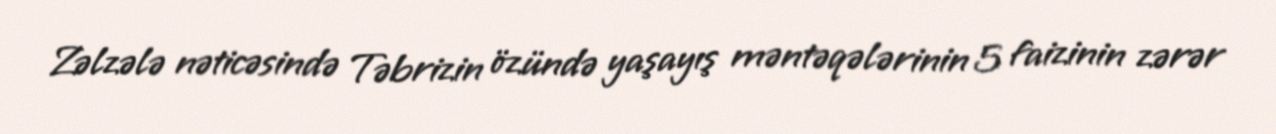
Zəlzələ nəticəsində Təbrizin özündə yaşayış məntəqələrinin 5 faizinin zərər